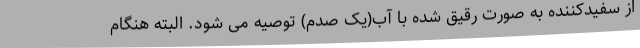
از سفیدکننده به صورت رقیق شده با آب(یک صدم) توصیه می شود. البته هنگام